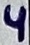
Text: 4